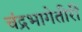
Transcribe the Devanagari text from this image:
चंद्रभागेतीरीं